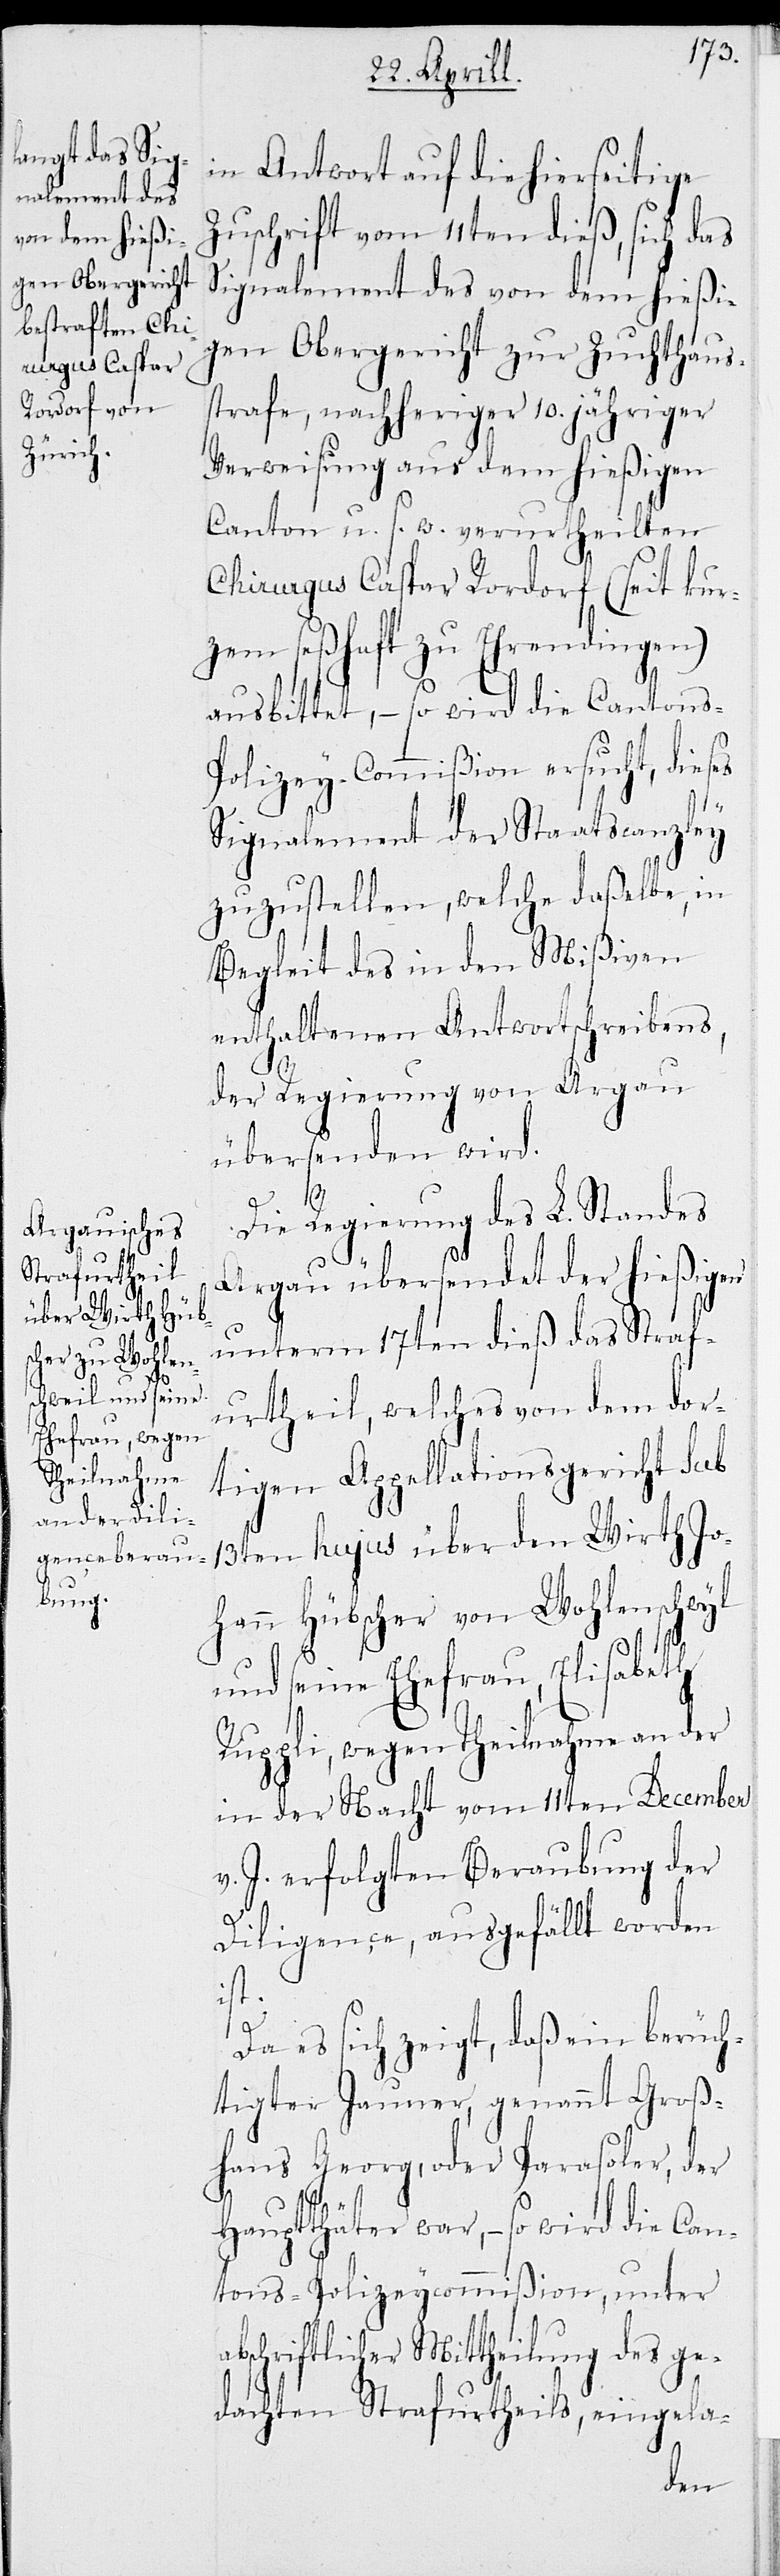
in Antwort auf die hierseitige
Zuschrift vom 11ten dieß, sich das
Signalement des von dem hießi¬
gen Obergericht zu Zuchthaus¬
strafe, nachheriger 10jähriger
Verweisung aus dem hießigen
Canton u.s.w. verurtheilten
Chirurgus Caspar Rordorf (seit kur¬
zem seßhaft zu Ehrendingen)
ausbittet, – so wird die Cantons-P¬
olizey-Commißion ersucht, dieses
Signalement der Staatscanzley
zuzustellen, welche daßelbe, in
Begleit des in den Mißiven
enthaltenen Antwortschreibens,
der Regierung von Argau
übersenden wird.
Die Regierung des L. Standes
Argau übersendet der hießigen
unterm 17ten dieß das Straf¬
urtheil, welches von dem dor¬
tigen Appellationsgericht sub
13ten hujus über den Wirth Jo¬
hann Hübscher von Wohlenschweil
und seine Ehefrau, Elisabeth
Ruppli, wegen Theilnahme an der
in der Nacht vom 11ten December
v. J. erfolgten Beraubung der
Diligence, ausgefällt worden
ist.
Da es sich zeigt, daß ein berüch¬
tigter Jauner, genannt Groß¬
hans Georg, oder Parasoler, der
Hauptthäter war, – so wird die Can¬
tons-Policey-Commißion, unter
abschriftlicher Mittheilung des ge¬
dachten Strafurtheils, eingela-